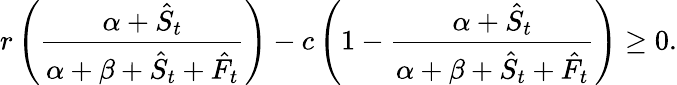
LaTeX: r\left(\frac{\alpha+\hat{S}_{t}}{\alpha+\beta+\hat{S}_{t}+\hat{F}_{t}}\right)-c\left(1-\frac{\alpha+\hat{S}_{t}}{\alpha+\beta+\hat{S}_{t}+\hat{F}_{t}}\right)\geq 0.